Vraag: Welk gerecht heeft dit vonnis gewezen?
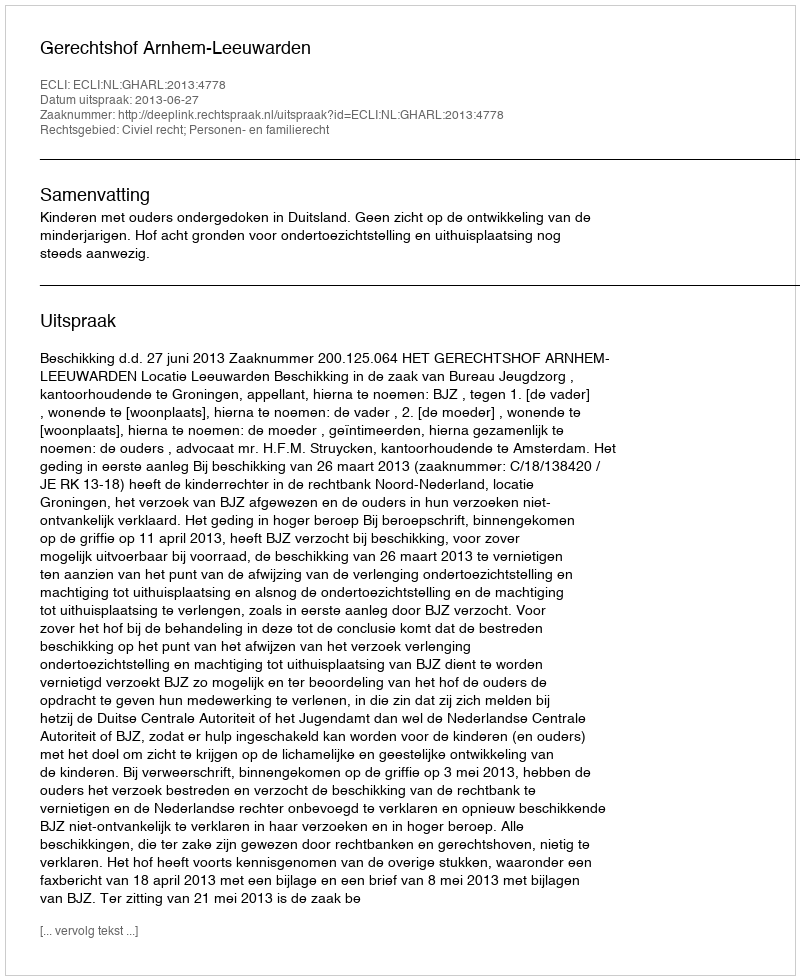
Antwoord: Gerechtshof Arnhem-Leeuwarden